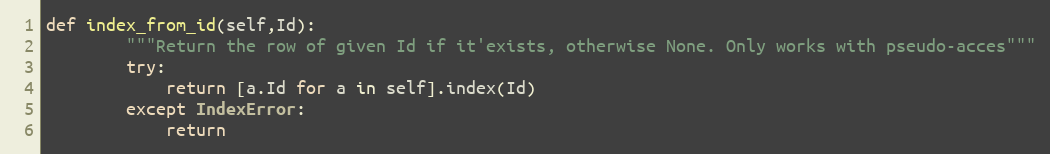
Language: Python
def index_from_id(self,Id):
        """Return the row of given Id if it'exists, otherwise None. Only works with pseudo-acces"""
        try:
            return [a.Id for a in self].index(Id)
        except IndexError:
            return